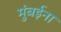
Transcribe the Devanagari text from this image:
मुंबईना